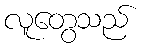
လူတွေသည်